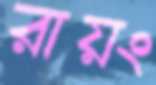
রায়ং